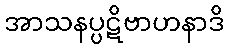
အာသနပ္ပဋိဗာဟနာဒိ